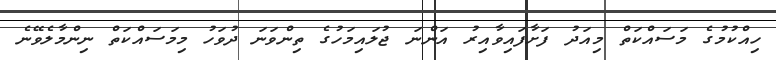
ހިއްކުމުގެ މަސައްކަތް މިއަދު ފަށާފައިވާއިރު އަންނަ ޖުލައިމަހުގެ ތިންވަނަ ދުވަހު މިމަސައްކަތް ނިންމާލެވޭނެ